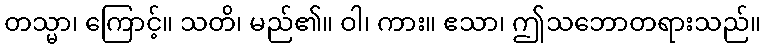
တသ္မာ၊ ကြောင့်။ သတိ၊ မည်၏။ ဝါ၊ ကား။ ဧသာ၊ ဤသဘောတရားသည်။